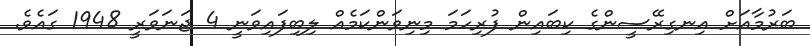
ބަރުމާއަށް އިނގިރޭސީންގެ ކިބައިން ފުރިހަމަ މިނިވަންކަމެއް ލިބިފައިވަނީ 4 ޖަނަވަރީ 1948 ގައެވެ.